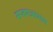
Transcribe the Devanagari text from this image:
सप्तमअध्याय